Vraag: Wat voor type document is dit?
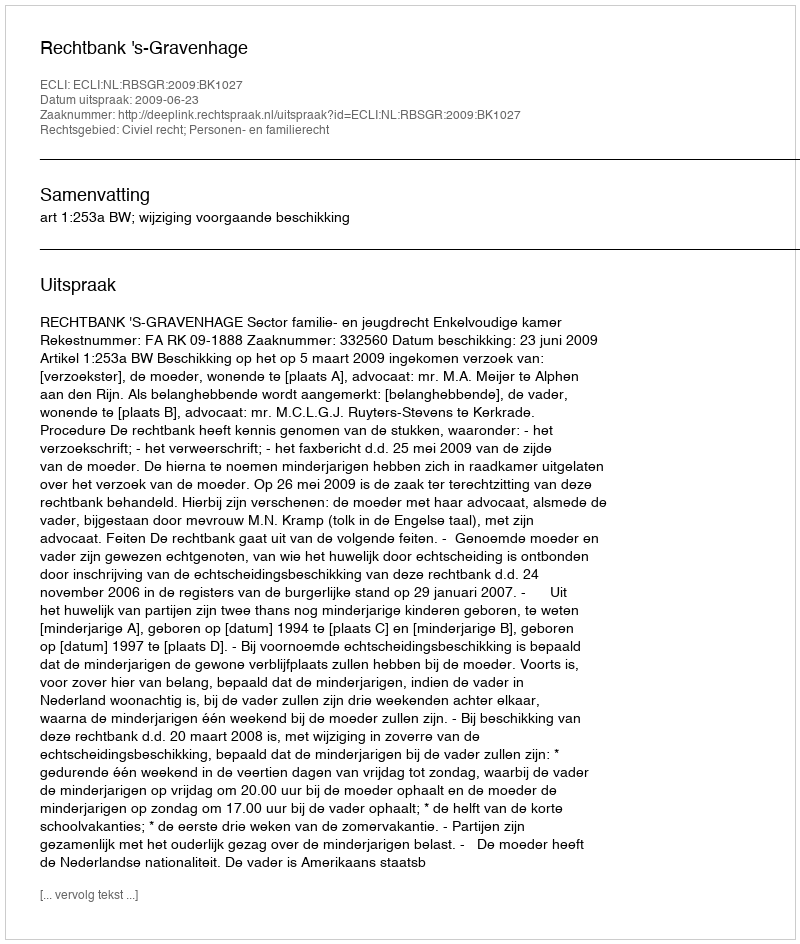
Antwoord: Uitspraak